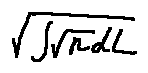
\sqrt { \int \sqrt { n } d L }